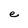
Character: e